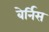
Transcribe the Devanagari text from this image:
बेर्निस